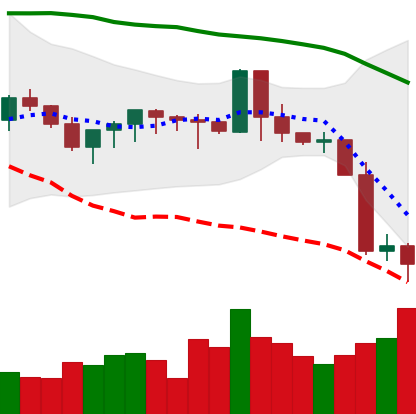
Ticker: XMR-USD
Chart end date: 2019-09-26
Forward return: -3.007%
Label: down_3_5